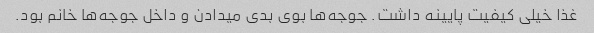
غذا خیلی کیفیت پایینه داشت. جوجه‌ها بوی بدی میدادن و داخل جوجه‌ها خانم بود.